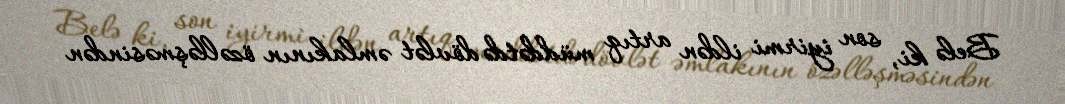
Belə ki, son iyirmi ildən artıq müddətdə dövlət əmlakının özəlləşməsindən